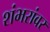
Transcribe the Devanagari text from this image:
शंभरांवर